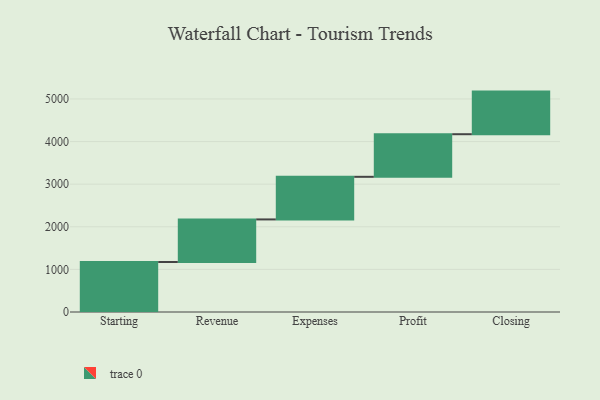
{"axis": {"x": "Step", "y": "Value"}, "legend": [""], "data": [{"x": "Starting", "y": 1173.0, "type": ""}, {"x": "Revenue", "y": 1000, "type": ""}, {"x": "Expenses", "y": 1000, "type": ""}, {"x": "Profit", "y": 1000, "type": ""}, {"x": "Closing", "y": 1000, "type": ""}]}